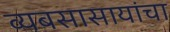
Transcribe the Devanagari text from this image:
व्यबसासायांचा